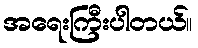
အရေးကြီးပါတယ်။